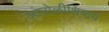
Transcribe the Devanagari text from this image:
आंघोळीशिवाय